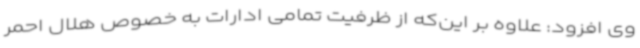
وی افزود: علاوه بر این‌که از ظرفیت تمامی ادارات به خصوص هلال احمر